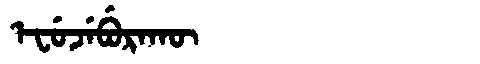
Manchu: ᡝᠸᡠᠵᡝᠪᡠᡵᠠᡴᡡ
Romanization: EFUJEBURAKŪ